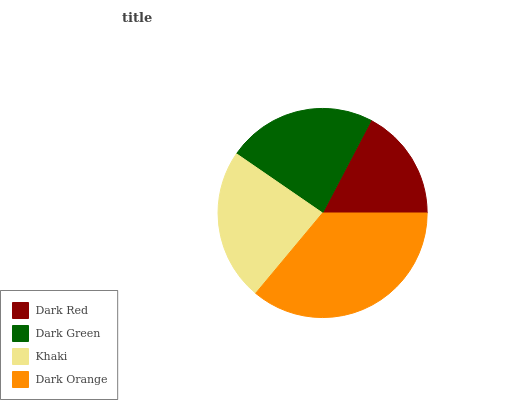
| Dark Red | Dark Green | Khaki | Dark Orange |
 | --- | --- | --- | --- |
 | 17.3% | 23.1% | 23.5% | 36.1% |